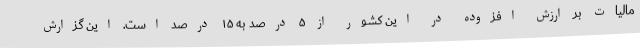
مالیات بر ارزش افزوده در این کشور از ۵ درصد به ۱۵ درصد است. این گزارش